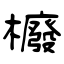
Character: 櫠